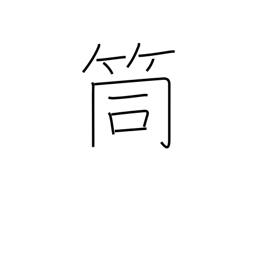
Meaning: pipe